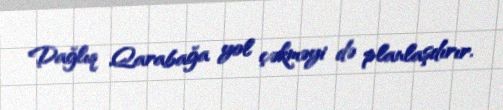
Dağlıq Qarabağa yol çəkməyi də planlaşdırır.